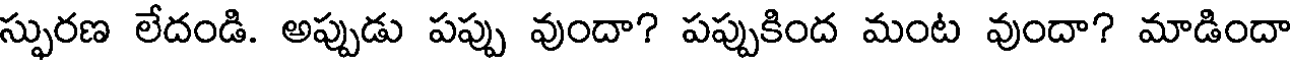
స్ఫురణ లేదండి. అప్పుడు పప్పు వుందా? పప్పుకింద మంట వుందా? మాడిందా